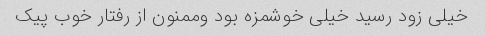
خیلی زود رسید خیلی خوشمزه بود وممنون از رفتار خوب پیک